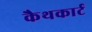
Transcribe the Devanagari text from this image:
कैथकार्ट